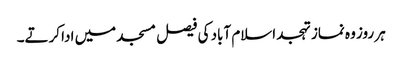
ہر روز وہ نماز تہجد اسلام آباد کی فیصل مسجد میں ادا کرتے۔